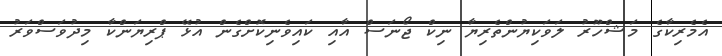
އެމެރިކާގެ މަޝްހޫރު ލަވަކިޔުންތެރިޔާ ނިކް ޖޯނަސް އާއި ކައިވެނިކޮށްގެން އުޅޭ ޕްރިޔަންކާ މިދުވަސްވަރު